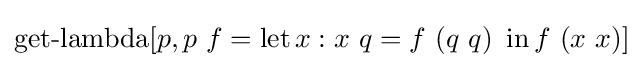
\operatorname {get-lambda} [p,p\ f=\operatorname {let} x:x\ q=f\ (q\ q)\ \operatorname {in} f\ (x\ x)]